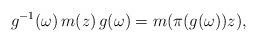
LaTeX: \begin{align*}g^{-1}(\omega )\,m(z)\,g(\omega )=m(\pi (g(\omega ))z),\end{align*}